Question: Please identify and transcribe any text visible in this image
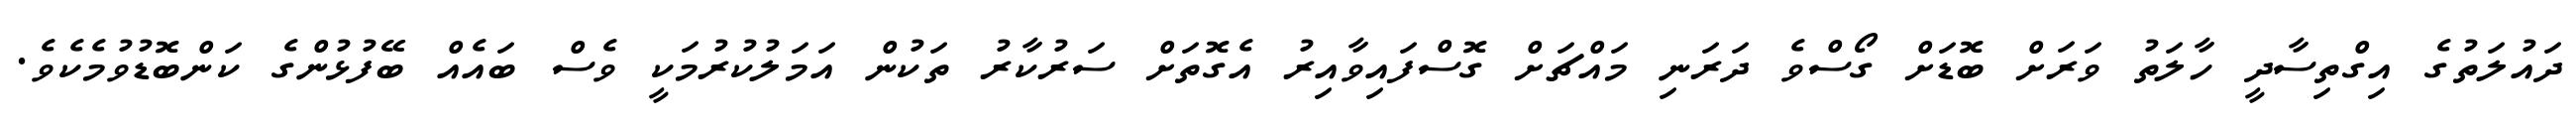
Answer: ދައުލަތުގެ އިގްތިސާދީ ހާލަތު ވަރަށް ބޮޑަށް ގޯސްވެ ދަރަނި މައްޗަށް ގޮސްފައިވާއިރު އެގޮތަށް ސަރުކާރު ތަކުން އަމަލުކުރުމަކީ ވެސް ބައެއް ބޭފުޅުންގެ ކަންބޮޑުވުމެކެވެ.